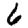
Digit: 6